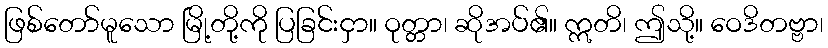
ဖြစ်တော်မူသော မြို့တို့ကို ပြခြင်းငှာ။ ဝုတ္တာ၊ ဆိုအပ်၏။ ဣတိ၊ ဤသို့။ ဝေဒိတဗ္ဗာ၊